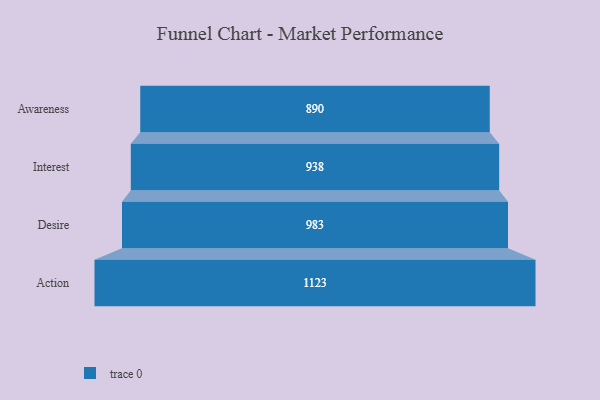
{"axis": {"x": "Stage", "y": "Value"}, "legend": [""], "data": [{"x": "Awareness", "y": 890.0, "type": ""}, {"x": "Interest", "y": 938.0, "type": ""}, {"x": "Desire", "y": 983.0, "type": ""}, {"x": "Action", "y": 1123.0, "type": ""}]}